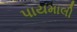
પાયમાલી